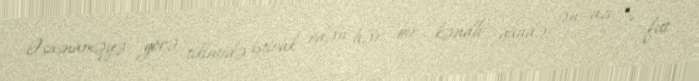
Əsasnaməyə görə, tikintidə iştirak edən hər bir kəndli gündə ən azı 3 fut